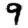
Digit: 9